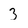
Character: 3